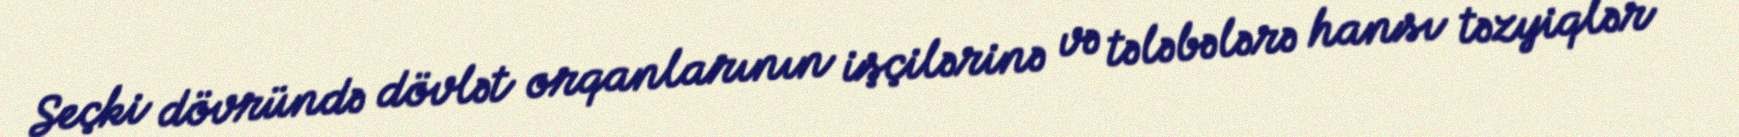
Seçki dövründə dövlət orqanlarının işçilərinə və tələbələrə hansı təzyiqlər